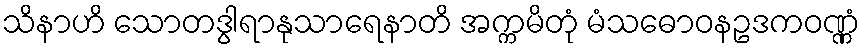
သိနာဟိ သောတဒွါရာနုသာရေနာတိ အက္ကမိတုံ မံသဓောဝနဥဒကဝဏ္ဏံ